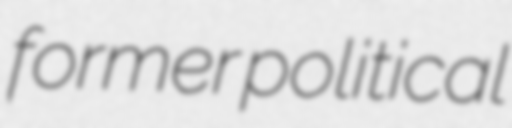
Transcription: former political